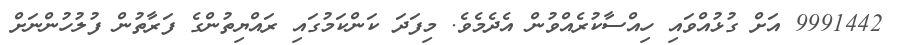
9991442 އަށް ގުޅުއްވައި ހިއްސާކުރެއްވުން އެދެމެވެ. މިފަދަ ކަންކަމުގައި ރައްޔިތުންގެ ފަރާތުން ފުލުހުންނަށް